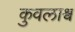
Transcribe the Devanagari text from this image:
कुवलाश्व